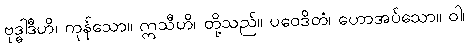
ဗုဒ္ဓါဒီဟိ၊ ကုန်သော။ ဣသီဟိ၊ တို့သည်။ ပဝေဒိတံ၊ ဟောအပ်သော။ ဝါ၊